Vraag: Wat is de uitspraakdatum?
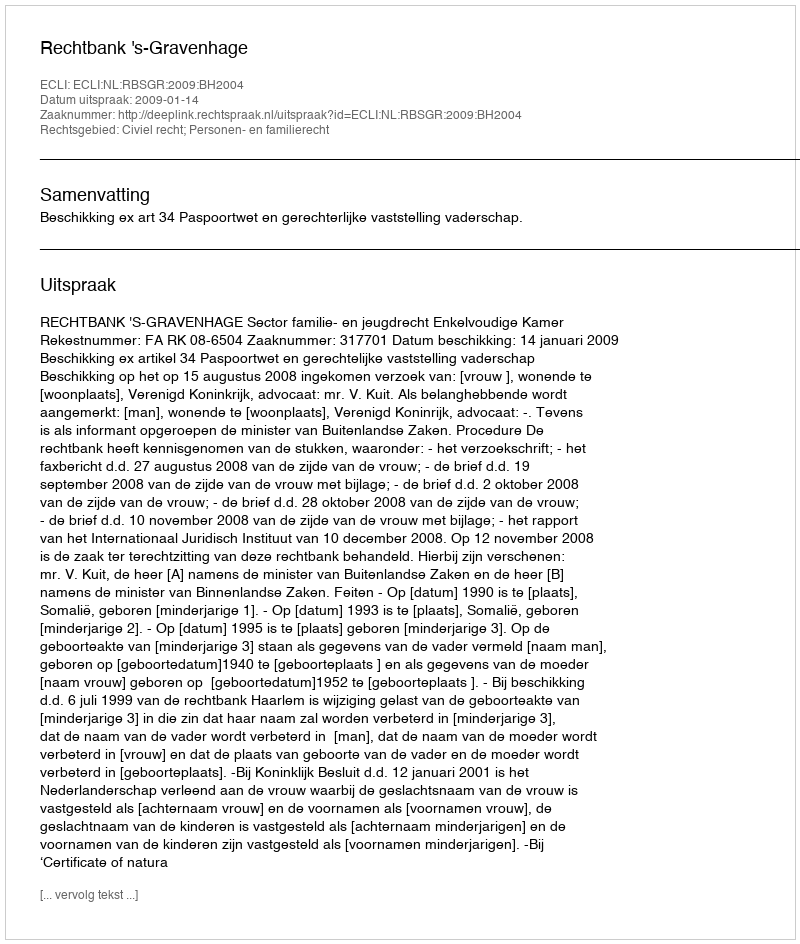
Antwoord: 2009-01-14